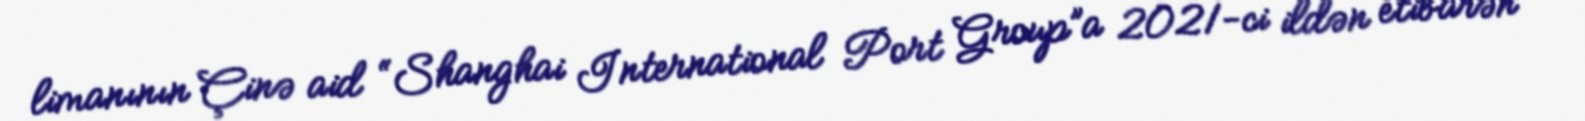
limanının Çinə aid “Shanghai International Port Group”a 2021-ci ildən etibarən